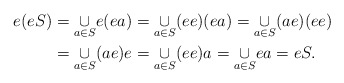
\begin{align*}e(eS) & =\underset{a\in S}{\cup}e(ea)=\underset{a\in S}{\cup}(ee)(ea)=\underset{a\in S}{\cup}(ae)(ee)\\ & =\underset{a\in S}{\cup}(ae)e=\underset{a\in S}{\cup}(ee)a=\underset{a\in S}{\cup}ea=eS.\end{align*}